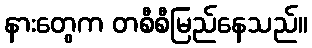
နားတွေက တစီစီမြည်နေသည်။